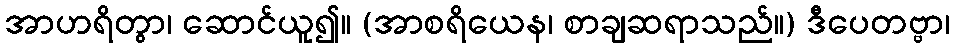
အာဟရိတွာ၊ ဆောင်ယူ၍။ (အာစရိယေန၊ စာချဆရာသည်။) ဒီပေတဗ္ဗာ၊